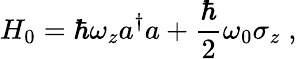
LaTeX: H_{0}=\hbar\omega_{z}a^{\dagger}a+\frac{\hbar}{2}\omega_{0}\sigma_{z}\; ,